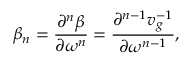
\beta _ { n } = \frac { \partial ^ { n } \beta } { \partial \omega ^ { n } } = \frac { \partial ^ { n - 1 } v _ { g } ^ { - 1 } } { \partial \omega ^ { n - 1 } } ,